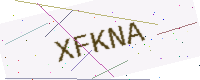
Text: XFKNA